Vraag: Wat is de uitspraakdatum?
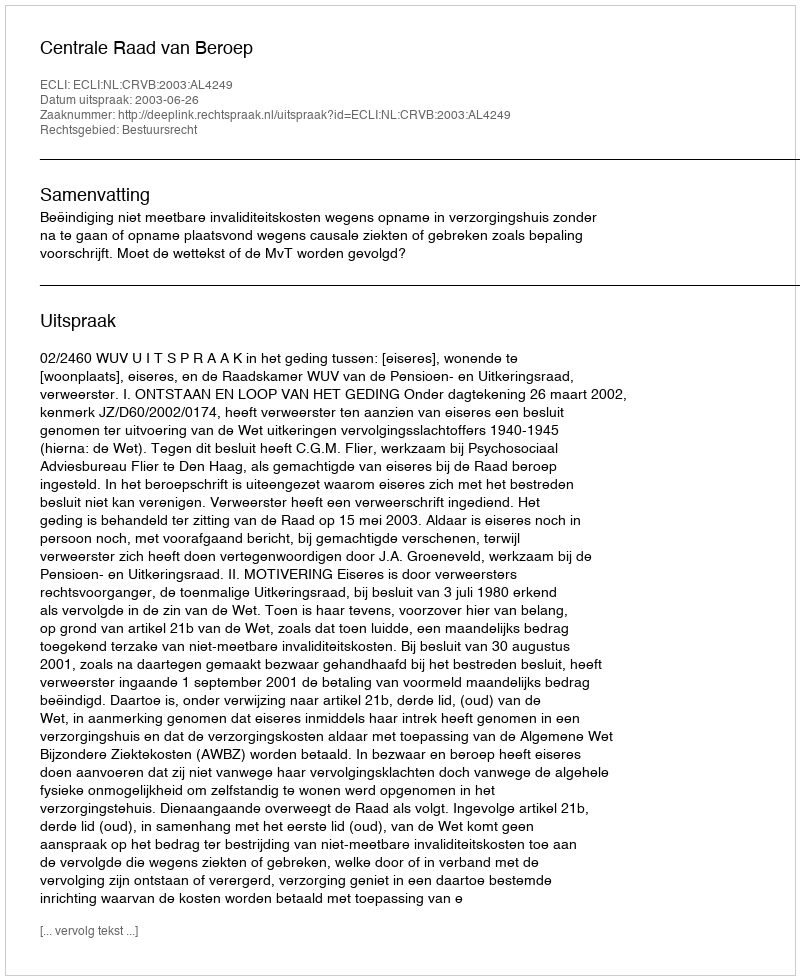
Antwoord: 2003-06-26